画像に写った文字を読んでください
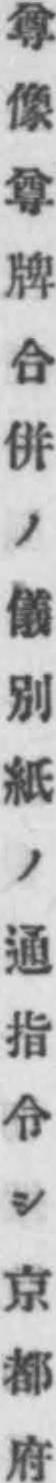
「尊像尊牌合併ノ儀別紙ノ通指令シ京都府」と書いてあります